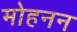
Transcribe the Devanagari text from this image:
मोहनन